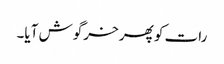
رات کو پھر خرگوش آیا۔